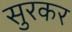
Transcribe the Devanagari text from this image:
सुरकर